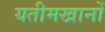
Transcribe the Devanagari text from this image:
यतीमखानों